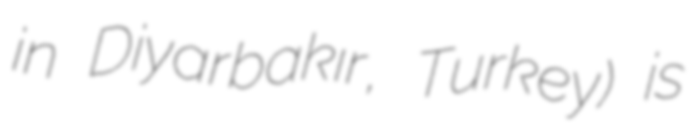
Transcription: in Diyarbakır, Turkey) is